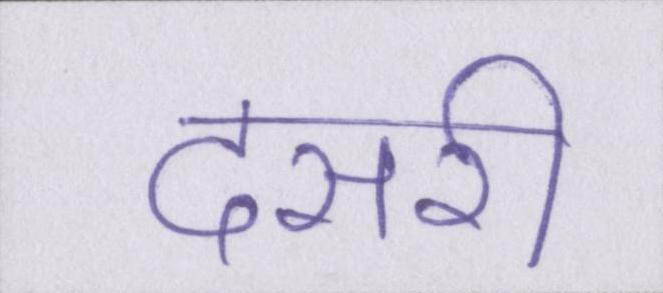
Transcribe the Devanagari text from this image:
दसरी